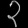
Digit: ၃